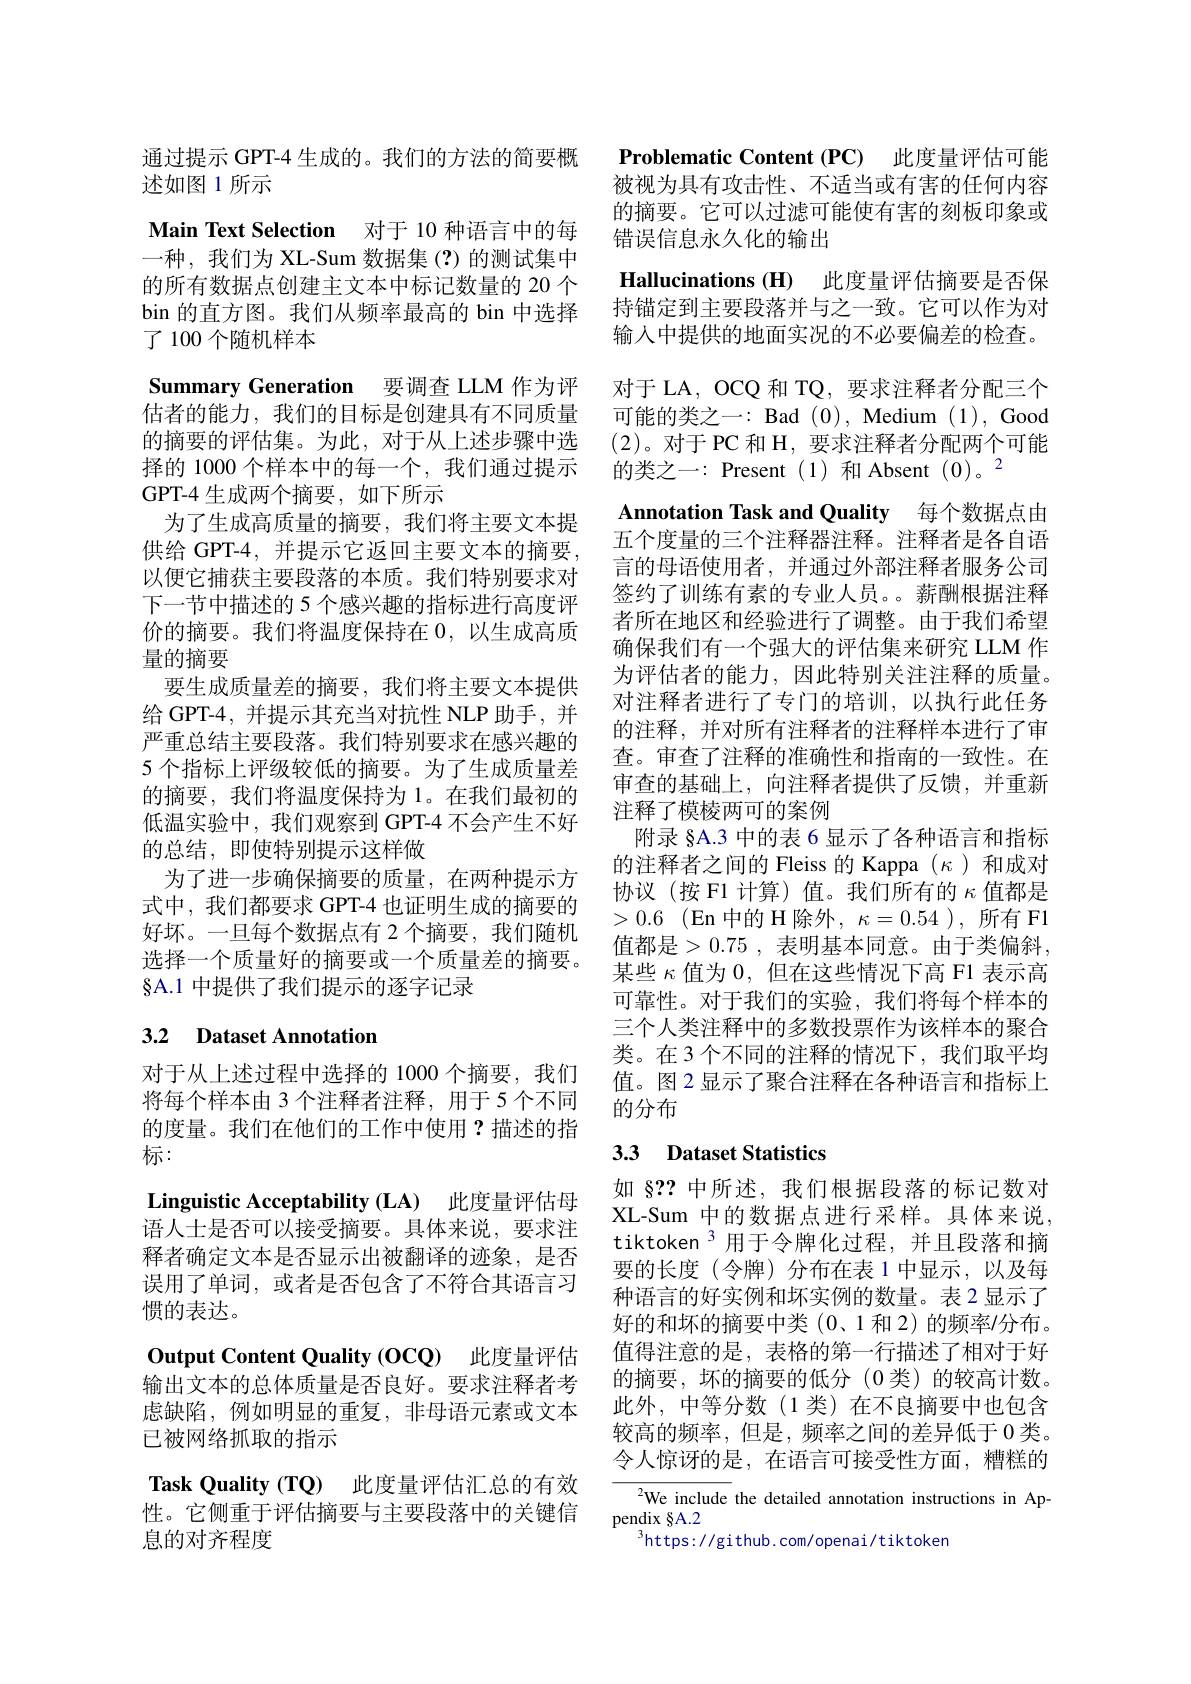
通过提示 GPT-4 生成的。我们的方法的简要概
述如图 1 所示
Main Text Selection 对于 10 种语言中的每一种，我们为 XL-Sum 数据集(?)的测试集中的所有数据点创建主文本中标记数量的 20 个bin 的直方图。我们从频率最高的 bin 中选择了 100 个随机样本
Summary Generation 要调查 LLM 作为评估者的能力，我们的目标是创建具有不同质量的摘要的评估集。为此，对于从上述步骤中选择的 1000 个样本中的每一个，我们通过提示GPT-4 生成两个摘要，如下所示
为了生成高质量的摘要，我们将主要文本提供给 GPT-4,并提示它返回主要文本的摘要， 以便它捕获主要段落的本质。我们特别要求对下一节中描述的 5 个感兴趣的指标进行高度评价的摘要。我们将温度保持在0，以生成高质量的摘要
要生成质量差的摘要，我们将主要文本提供给 GPT-4,并提示其充当对抗性 NLP 助手，并严重总结主要段落。我们特别要求在感兴趣的5 个指标上评级较低的摘要。为了生成质量差的摘要，我们将温度保持为1。在我们最初的低温实验中，我们观察到 GPT-4 不会产生不好的总结，即使特别提示这样做
为了进一步确保摘要的质量，在两种提示方式中，我们都要求 GPT-4 也证明生成的摘要的好坏。一旦每个数据点有 2 个摘要，我们随机选择一个质量好的摘要或一个质量差的摘要。§A.1 中提供了我们提示的逐字记录
3.2 Dataset Annotation

对于从上述过程中选择的 1000 个摘要，我们将每个样本由 3 个注释者注释，用于 5 个不同的度量。我们在他们的工作中使用？描述的指标：
Linguistic Acceptability (LA) 此度量评估母语人士是否可以接受摘要。具体来说，要求注释者确定文本是否显示出被翻译的迹象，是否误用了单词，或者是否包含了不符合其语言习惯的表达。
Output Content Quality (OCQ) 此度量评估输出文本的总体质量是否良好。要求注释者考虑缺陷，例如明显的重复，非母语元素或文本已被网络抓取的指示
Task Quality (TQ) 此度量评估汇总的有效性。它侧重于评估摘要与主要段落中的关键信息的对齐程度

Problematic Content (PC) 此度量评估可能被视为具有攻击性、不适当或有害的任何内容的摘要。它可以过滤可能使有害的刻板印象或错误信息永久化的输出
Hallucinations (H) 此度量评估摘要是否保持锚定到主要段落并与之一致。它可以作为对输入中提供的地面实况的不必要偏差的检查。对于 LA, OCQ 和 TQ, 要求注释者分配三个可能的类之一：Bad (0), Medium (1), Good (2)。对于 PC 和 H, 要求注释者分配两个可能的类之一：Present (1)和 Absent $(0)。^2$
Annotation Task and Quality 每个数据点由五个度量的三个注释器注释。注释者是各自语言的母语使用者，并通过外部注释者服务公司签约了训练有素的专业人员。。薪酬根据注释者所在地区和经验进行了调整。由于我们希望确保我们有一个强大的评估集来研究 LLM 作为评估者的能力，因此特别关注注释的质量。对注释者进行了专门的培训，以执行此任务的注释，并对所有注释者的注释样本进行了审查。审查了注释的准确性和指南的一致性。在审查的基础上，向注释者提供了反馈，并重新注释了模棱两可的案例
附录 §A.3 中的表 6 显示了各种语言和指标的注释者之间的 Fleiss 的 Kappa ($\kappa$)和成对协议(按F1 计算)值。我们所有的$\kappa$值都是>0.6 (En 中的 H 除外$,\kappa=0.54$),所有 F1值都是>0.75 ,表明基本同意。由于类偏斜， 某些$\kappa$值为0，但在这些情况下高 F1 表示高可靠性。对于我们的实验，我们将每个样本的三个人类注释中的多数投票作为该样本的聚合类。在3个不同的注释的情况下，我们取平均值。图2显示了聚合注释在各种语言和指标上的分布

## 3.3 Dataset Statistics

如 §?? 中所述，我们根据段落的标记数对XL-Sum 中的数据点进行采样。具体来说， tiktoken$^{3}$用于令牌化过程，并且段落和摘要的长度(令牌)分布在表1中显示，以及每种语言的好实例和坏实例的数量。表2显示了好的和坏的摘要中类 (0、1 和 2) 的频率/分布。值得注意的是，表格的第一行描述了相对于好的摘要，坏的摘要的低分(0 类)的较高计数。此外，中等分数(1 类)在不良摘要中也包含较高的频率，但是，频率之间的差异低于 0 类。令人惊讶的是，在语言可接受性方面，糟糕的

${{\sqrt{2}}\text{We include the detailed annotation instructions in Ap-}}$
pendix SA.2
$^{3}$https://github.com/openai/tiktoken